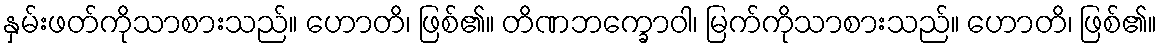
နှမ်းဖတ်ကိုသာစားသည်။ ဟောတိ၊ ဖြစ်၏။ တိဏဘက္ခောဝါ၊ မြက်ကိုသာစားသည်။ ဟောတိ၊ ဖြစ်၏။